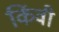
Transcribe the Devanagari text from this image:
किंवी